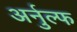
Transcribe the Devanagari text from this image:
अर्नुल्फ